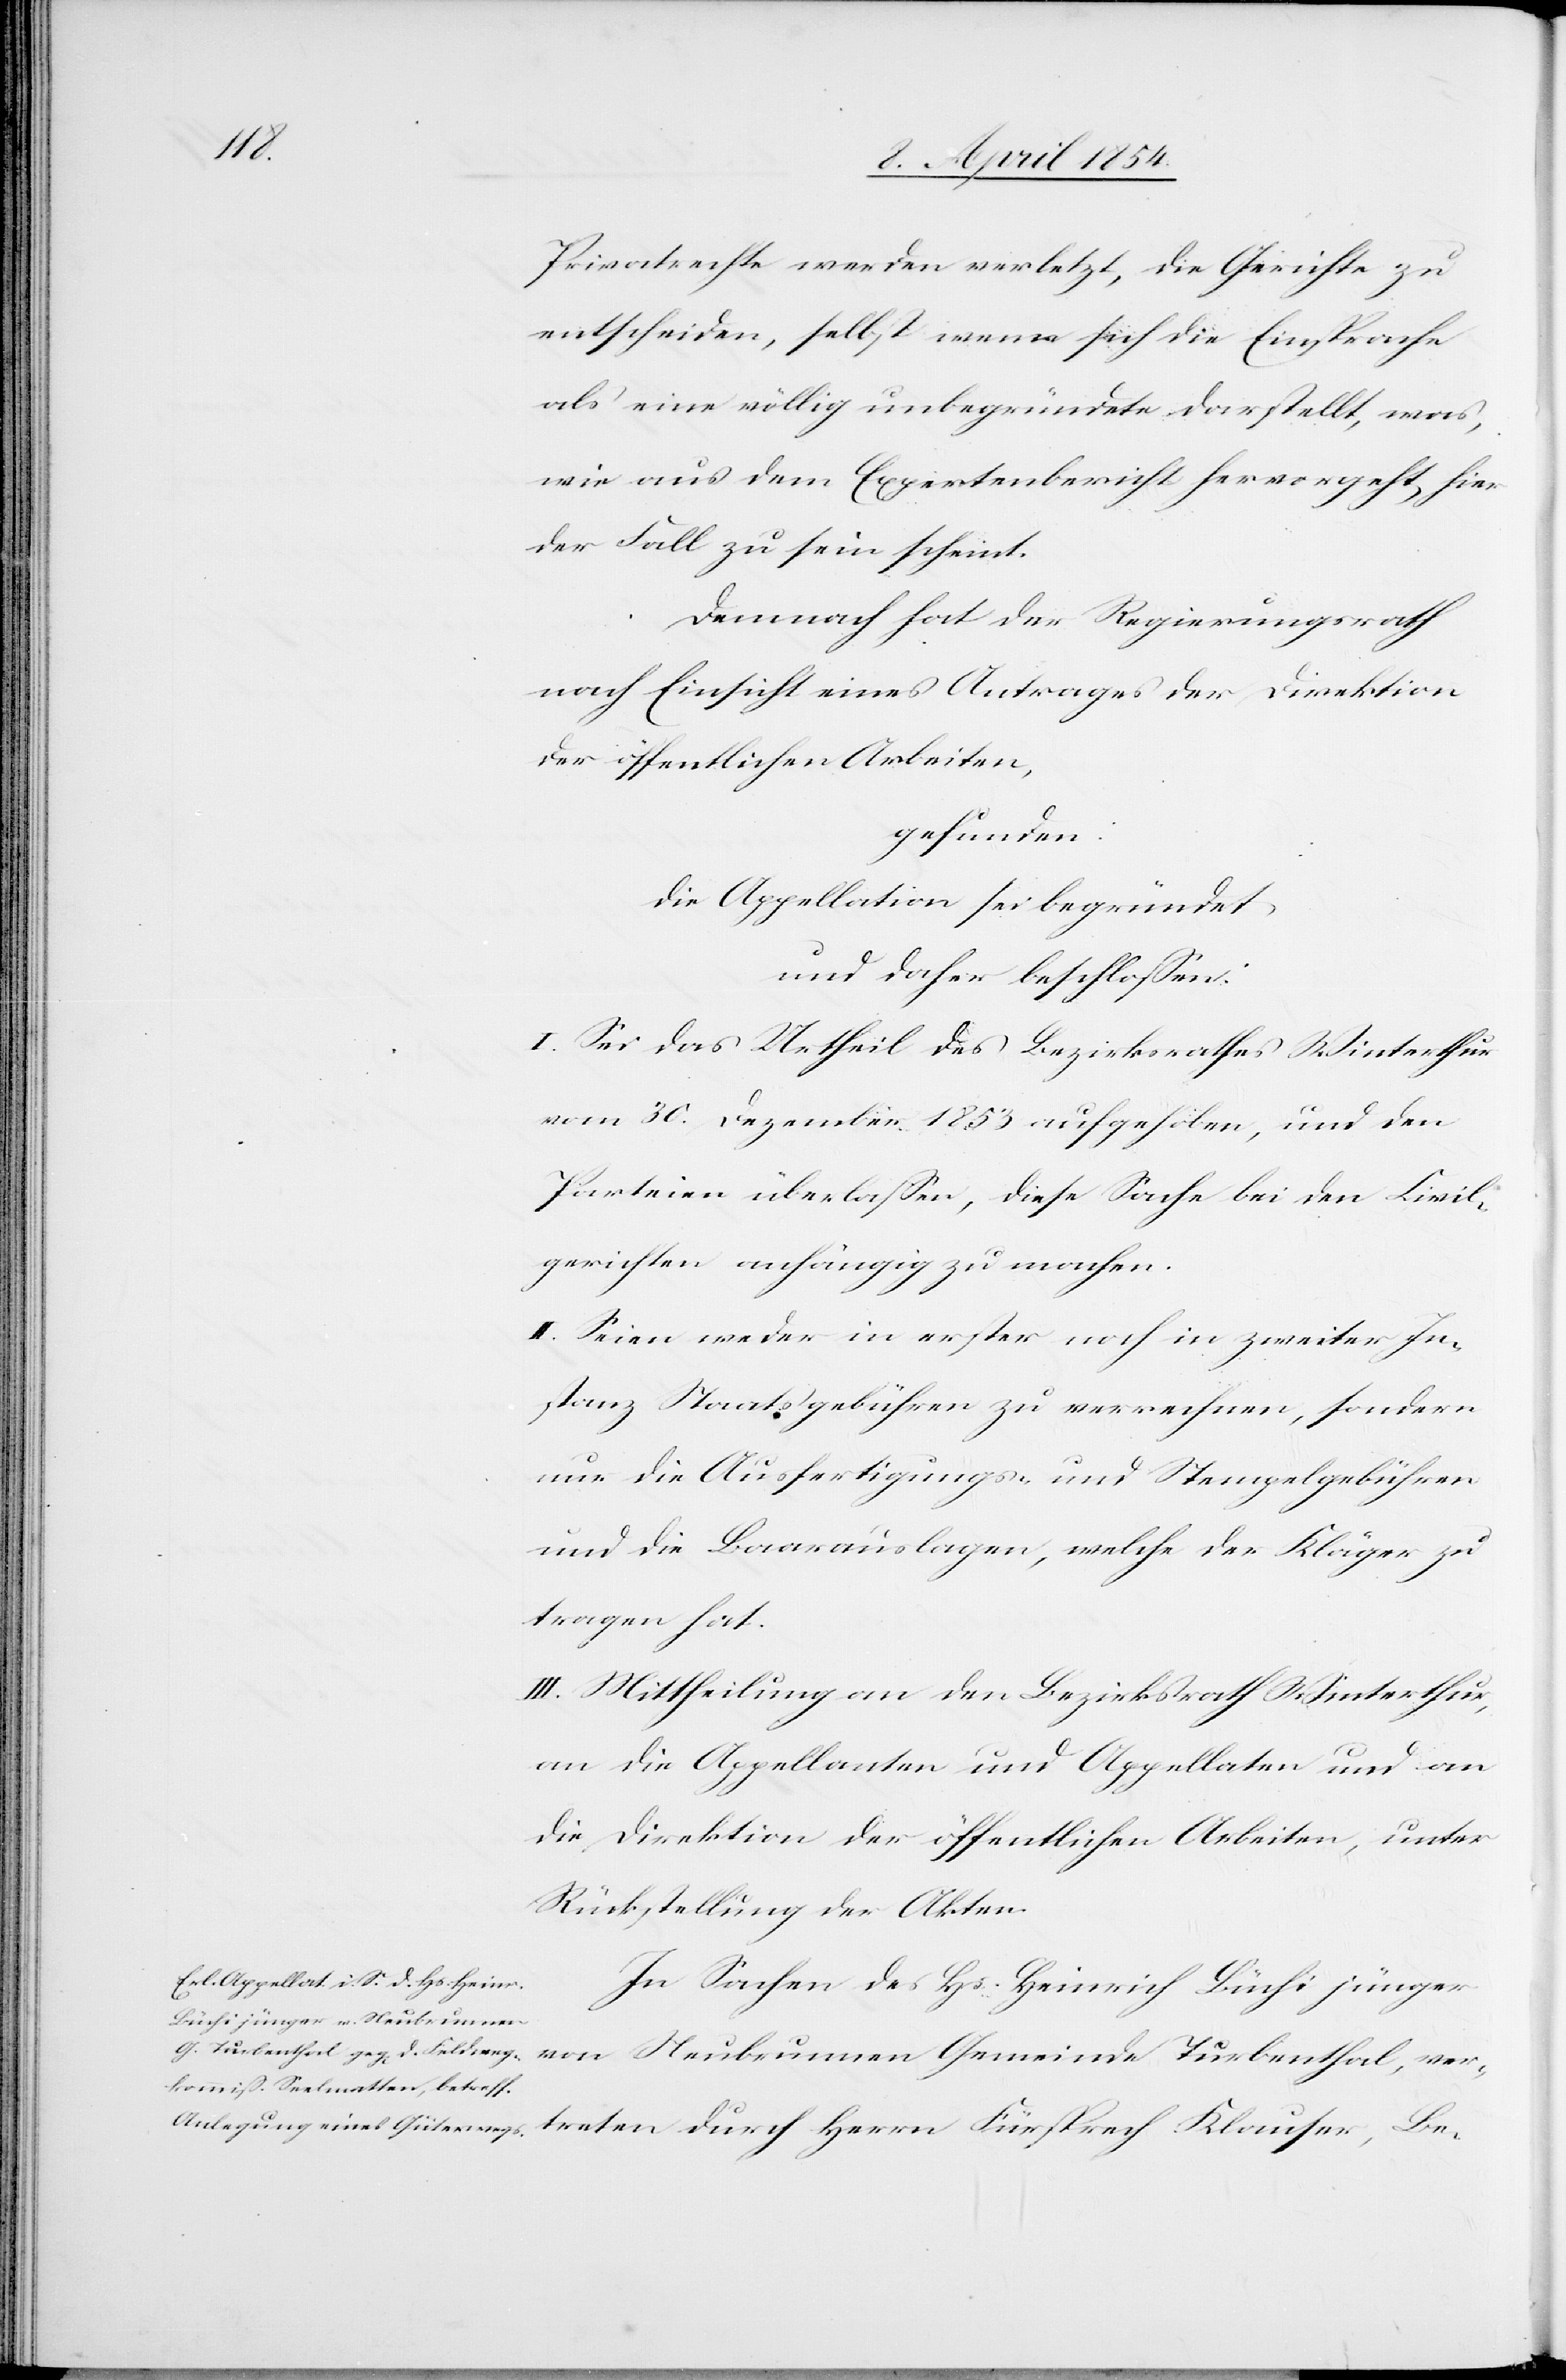
Privatrechte werden verletzt, die Gericht zu
entscheiden, selbst wenn sich die Einsprache
als eine völlig unbegründete darstellt, was,
wie aus dem Expertenbericht hervorgeht, hier
der Fall zu sein scheint.
Demnach hat der Regierungsrath
nach Einsicht eines Antrages der Direktion
der öffentlichen Arbeiten,
gefunden:
Die Appellation sei begründet,
und daher beschloßen:
I. Sei das Urtheil des Bezirksrathes Winterthur
vom 30. Dezember 1853 aufgehoben, und den
Parteien überlaßen, diese Sache bei den Civil¬
gerichten anhängig zu machen.
II. Seien weder in erster noch in zweiter In¬
stanz Staatsgebühren zu verrechnen, sondern
nur die Ausfertigungs- und Stempelgebühren
und die Baarauslagen, welche der Kläger zu
tragen hat.
III. Mittheilung an den Bezirksrath Winterthur,
an die Appellanten und Appellaten und an
die Direktion der öffentlichen Arbeiten, unter
Rückstellung der Akten.
In Sachen des Hs. Heinrich Büchi jünger